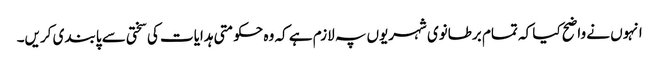
انہوں نے واضح کیا کہ تمام برطانوی شہریوں پہ لازم ہے کہ وہ حکومتی ہدایات کی سختی سے پابندی کریں۔